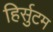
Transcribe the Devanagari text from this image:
हिर्सुटम